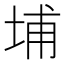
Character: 埔